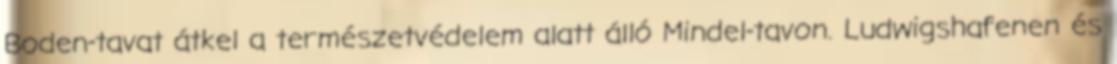
Boden-tavat átkel a természetvédelem alatt álló Mindel-tavon. Ludwigshafenen és